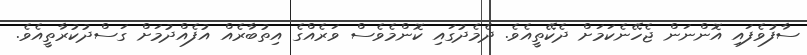
ސާފުވެފައި އޮންނަން ޖެހޭނެކަމަށް ދެކޭތީއެވެ. ދެމެދުގައި ކޮންމެވެސް ވަރެއްގެ އިތުބާރެއް އުފެއްދުމަށް ގަސްދުކުރާތީއެވެ.